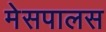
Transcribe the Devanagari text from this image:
मेसपालस